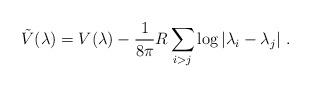
LaTeX: \begin{align*}\tilde{V}(\lambda) = V(\lambda) - \frac{1}{8 \pi} R \sum_{i>j} \log |\lambda_i -\lambda_j|~.\end{align*}